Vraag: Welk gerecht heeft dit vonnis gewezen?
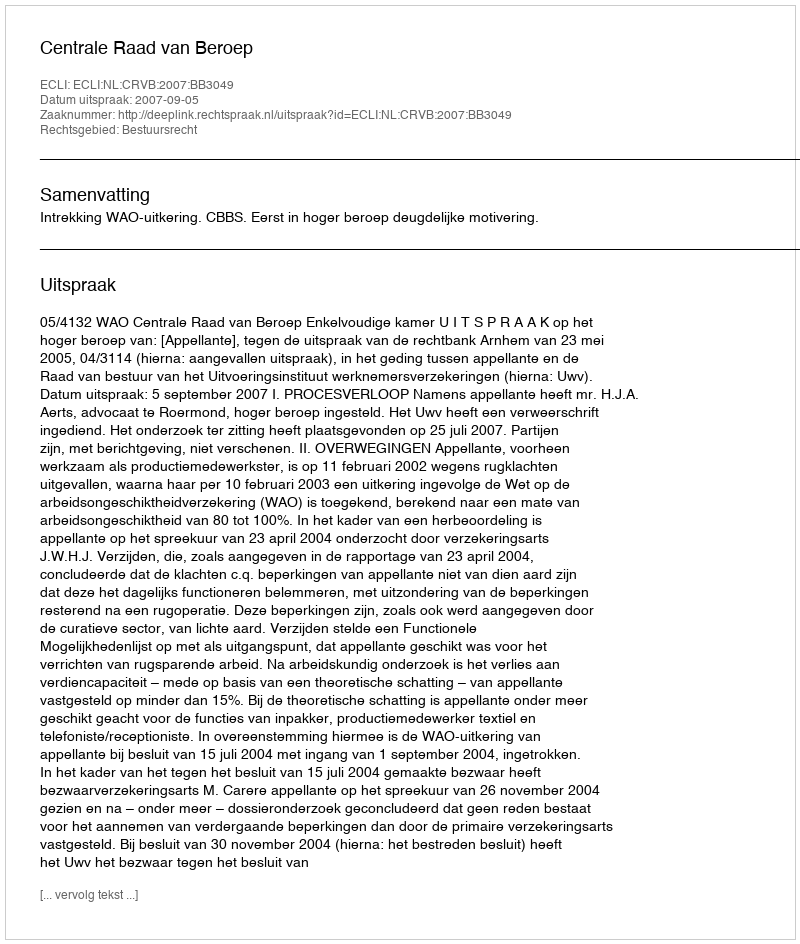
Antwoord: Centrale Raad van Beroep